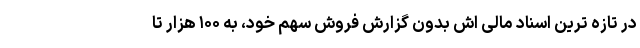
در تازه ترین اسناد مالی اش بدون گزارش فروش سهم خود، به ۱۰۰ هزار تا